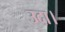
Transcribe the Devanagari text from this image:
उदा।